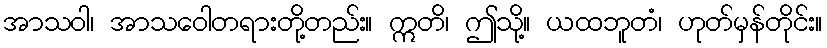
အာသဝါ၊ အာသဝေါတရားတို့တည်း။ ဣတိ၊ ဤသို့။ ယထဘူတံ၊ ဟုတ်မှန်တိုင်း။